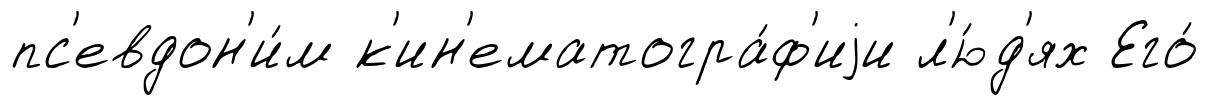
пс'евдон'и́м к'ин'ематогра́ф'иjи л'ю́д'ях Его́